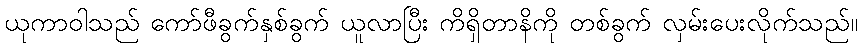
ယုကာဝါသည် ကော်ဖီခွက်နှစ်ခွက် ယူလာပြီး ကိရှိတာနိကို တစ်ခွက် လှမ်းပေးလိုက်သည်။